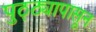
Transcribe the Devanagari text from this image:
पुठ्ठ्यापासून